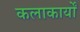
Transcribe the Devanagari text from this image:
कलाकार्यों